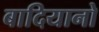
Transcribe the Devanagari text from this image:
बादियानो